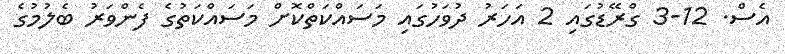
އެސް. 12-3 ގްރޭޑުގައި 2 އަހަރު ދުވަހުގައި މަސައްކަތްކޮށް މަސައްކަތުގެ ފެންވަރު ބެލުމުގެ